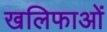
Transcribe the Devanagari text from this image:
खलिफाओं